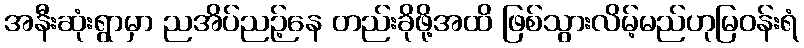
အနီးဆုံးရွာမှာ ညအိပ်ညဉ့်နေ တည်းခိုဖို့အထိ ဖြစ်သွားလိမ့်မည်ဟုမြဝန်းရံ